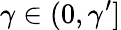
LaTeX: \gamma\in(0,\gamma^{\prime}]